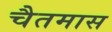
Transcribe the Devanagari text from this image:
चैतमास